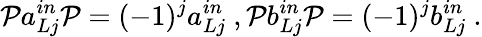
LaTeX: \mathcal{P}a_{Lj}^{in}\mathcal{P}=(-1)^{j}a_{Lj}^{in}\ ,\mathcal{P}b_{Lj}^{in}\mathcal{P}=(-1)^{j}b_{Lj}^{in}\ .